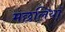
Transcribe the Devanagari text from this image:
मछलियाॅ